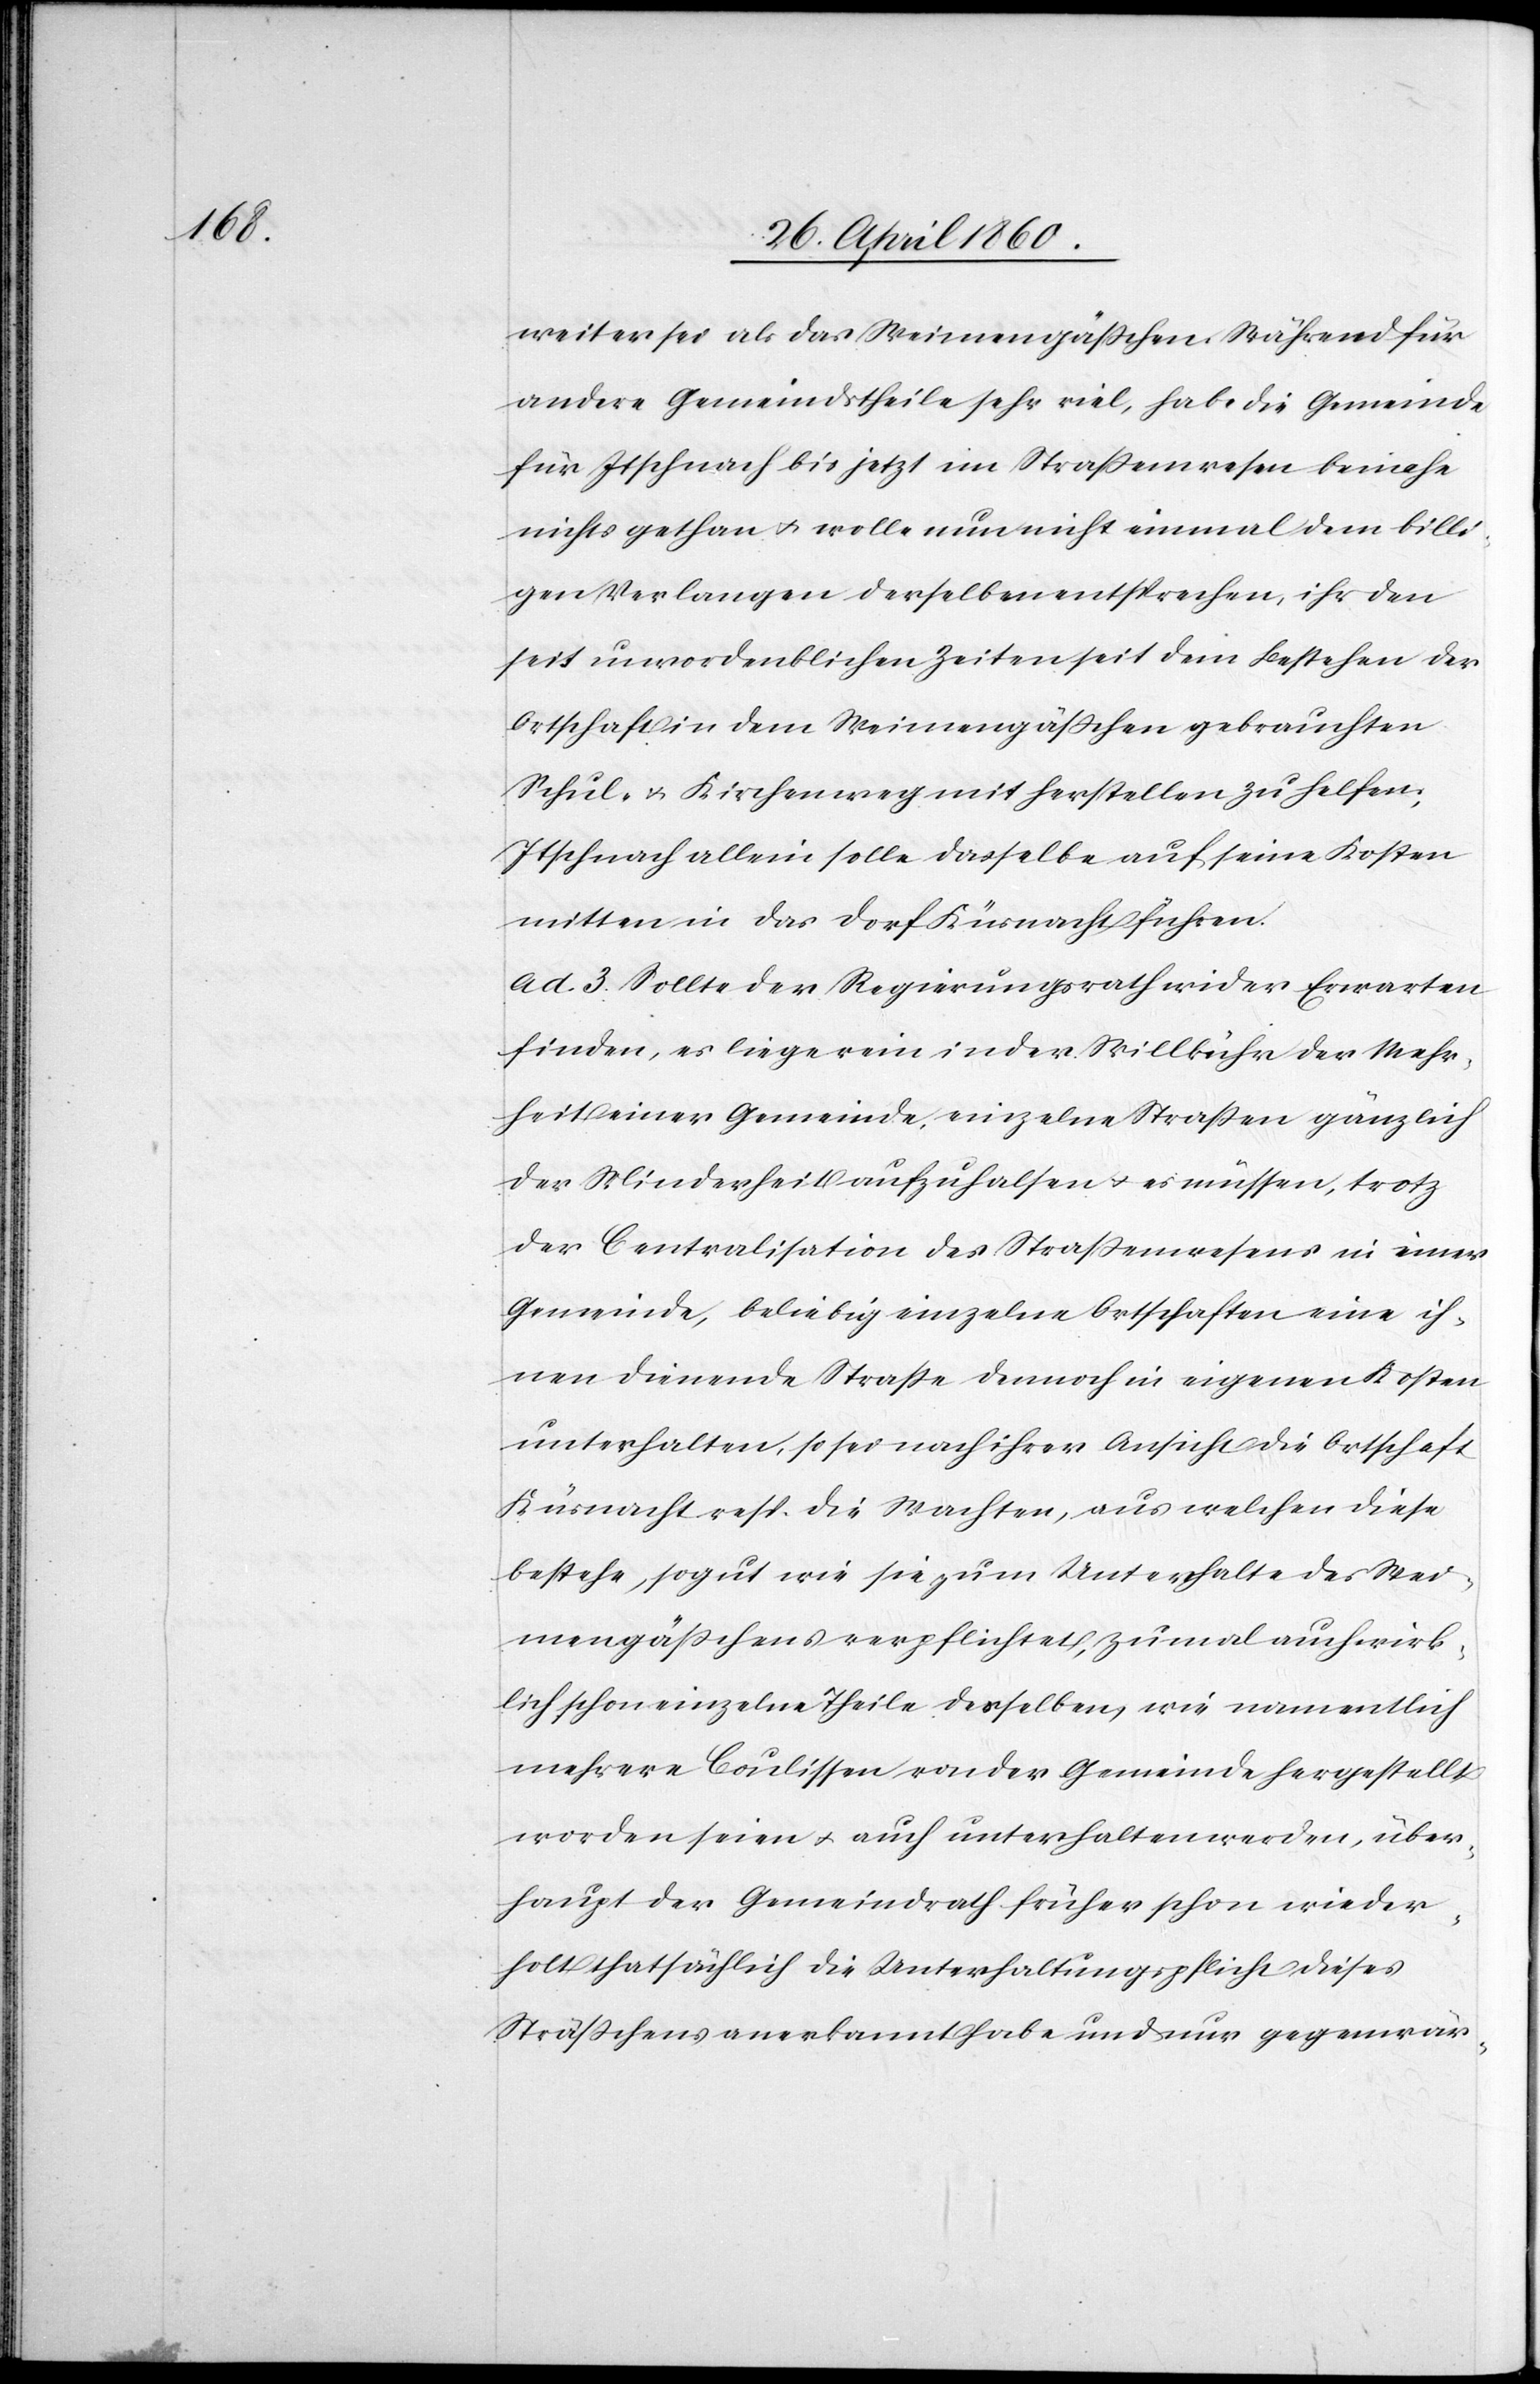
weiter sei als das Weimengässchen. Während für
andere Gemeindstheile sehr viel, habe die Gemeinde
für Itschnach bis jetzt im Strassenwesen beinahe
nichts gethan u. wolle nun nicht einmal dem billi¬
gen Verlangen derselben entsprechen, ihr den
seit unvordenklichen Zeiten seit dem Bestehen der
Ortschaft in dem Weimengässchen gebrauchten
Schul- u. Kirchenweg mit herstellen zu helfen;
Itschnach allein solle dasselbe auf seine Kosten
mitten in das Dorf Küsnacht führen.
ad. 3. Sollte der Regierungsrath wider Erwarten
finden, es liege rein in der Willkühr der Mehr¬
heit einer Gemeinde, einzelne Strassen gänzlich
der Minderheit aufzuhalsen u. es müssen, trotz
der Centralisation des Strassenwesens in einer
Gemeinde, beliebig einzelne Ortschaften eine ih¬
nen dienende Strasse dennoch in eigenen Kosten
unterhalten, so sei nach ihrer Ansicht die Ortschaft
Küsnacht resp. die Wachten, aus welchen diese
bestehe, so gut wie sie zum Unterhalte des Wei¬
mengässchens verpflichtet, zumal auch wirk¬
lich schon einzelne Theile desselben, wie namentlich
mehrere Coulissen von der Gemeinde hergestellt
worden seien, u. auch unterhalten werden, über¬
haupt der Gemeindrath früher schon wieder¬
holt thatsachlich die Unterhaltungspflicht dieses
Strässchens anerkannt habe und nur gegenwär-